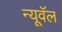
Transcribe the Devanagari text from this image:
न्यूवॅल